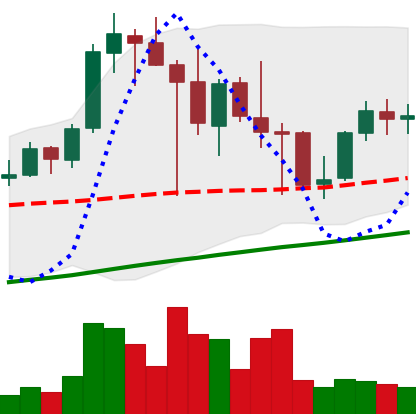
Ticker: LINK-USD
Chart end date: 2021-04-29
Forward return: 25.356%
Label: up_7plus